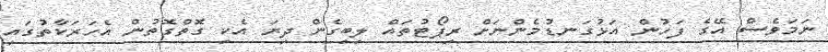
ނަމަވެސް އޭގެ ފަހުން އަޅުގަނޑުމެންނަށް ރިޕޯޓުތައް ލިބިގެން ދިޔަ އެކި ގޮތްގޮތުން އެހަރަކާތުގައި